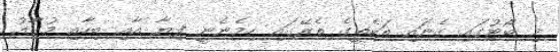
މި ބޯޓުގައި ގެނައި ތަކެތީގެ ތެރޭގައި ހިމެނެނީ ފިޔާ އާއި ބިހާއި މުގާއު